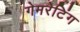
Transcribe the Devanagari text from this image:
गेमरेटिंग